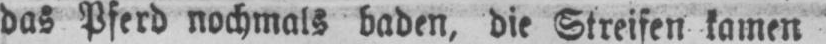
das Pferd nochmals baden, die Streifen kamen